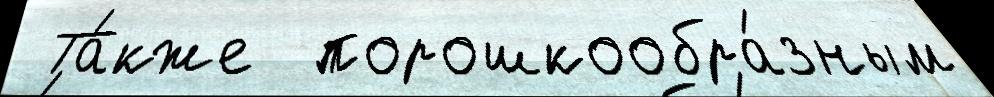
 Та́кже  порошкообра́зным